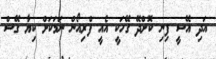
އަދި އޭސީ ފިނި ކޮށްދޭ ގޭހަކީ އެއީ ފްރިއޯން ނަަމަކަށް ކިޔާ ގޭސް